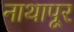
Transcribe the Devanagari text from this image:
नाथापूर